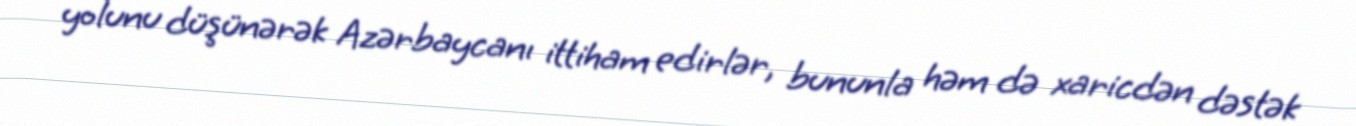
yolunu düşünərək Azərbaycanı ittiham edirlər, bununla həm də xaricdən dəstək